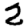
Digit: 2